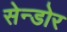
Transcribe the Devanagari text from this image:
सेन्डोर